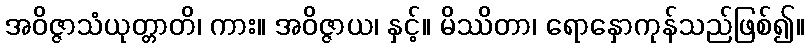
အဝိဇ္ဇာသံယုတ္တာတိ၊ ကား။ အဝိဇ္ဇာယ၊ နှင့်။ မိဿိတာ၊ ရောနှောကုန်သည်ဖြစ်၍။